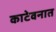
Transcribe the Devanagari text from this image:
काटेवनात